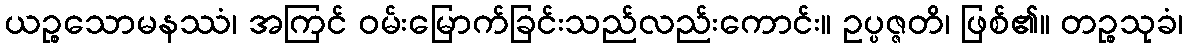
ယဉ္စသောမနဿံ၊ အကြင် ဝမ်းမြောက်ခြင်းသည်လည်းကောင်း။ ဥပ္ပဇ္ဇတိ၊ ဖြစ်၏။ တဉ္စသုခံ၊